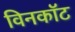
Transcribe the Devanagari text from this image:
विनकॉट